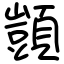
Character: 顗